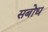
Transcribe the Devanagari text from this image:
सबोध